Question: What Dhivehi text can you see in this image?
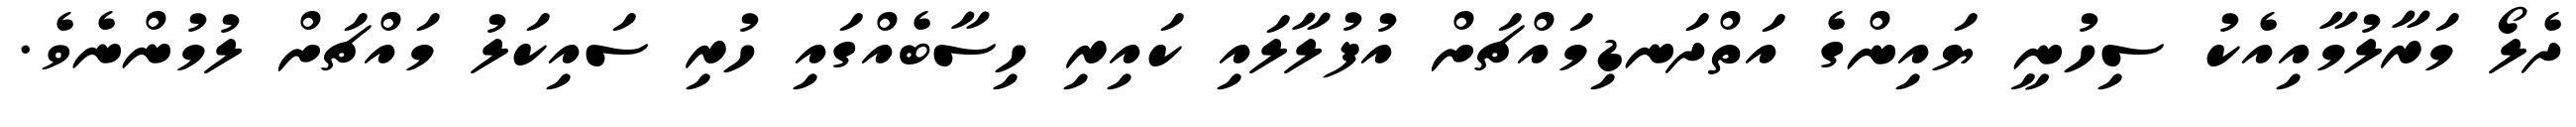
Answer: ދެލޯ މަރާލުމާއިއެކު ސިހުނީ ޔައިންގެ އަތްދަނޑިމައްޗަށް އުފުލާލައި ކައިރި ހިސާބެއްގައި ހުރި ސައިކަލު މައްޗަށް ލުމުންނެވެ.